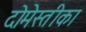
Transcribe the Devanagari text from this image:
दोमेस्तीका